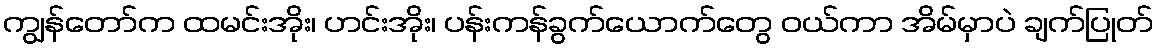
ကျွန်တော်က ထမင်းအိုး၊ ဟင်းအိုး၊ ပန်းကန်ခွက်ယောက်တွေ ဝယ်ကာ အိမ်မှာပဲ ချက်ပြုတ်